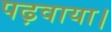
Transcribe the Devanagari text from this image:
पढ़वाया।